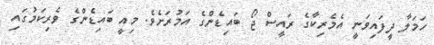
ހަމަލާ ދީފައިވަނީ އެމެރިކާގެ ރައީސް ޖޯ ބައިޑެންގެ އަމުރަށެވެ. މިއީ ބައިޑެންގެ ވެރިކަމުގައި